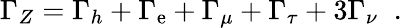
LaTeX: \Gamma_{Z}=\Gamma_{h}+\Gamma_{\mathrm{e}}+\Gamma_{\mu}+\Gamma_{\tau}+3\Gamma_{\nu}\; \; .